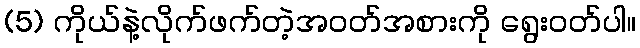
(5) ကိုယ်နဲ့လိုက်ဖက်တဲ့အဝတ်အစားကို ရွေးဝတ်ပါ။